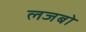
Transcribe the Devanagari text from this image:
लजबो